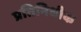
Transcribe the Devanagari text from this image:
प्रतिनिधीक